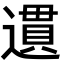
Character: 遦